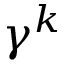
\gamma ^ { k }